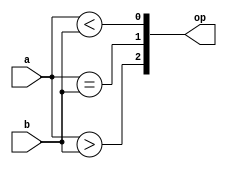
// 4-bit comparator using FUNCTION

module compFunc

	#(parameter busWidth = 4)
	
	(
		input [ (busWidth - 1)	: 0]a, 
		input [ (busWidth - 1)	: 0]b,
		output reg [3:1] op
	);
	
function integer comparator(input [ (busWidth - 1)	: 0]a,
								input [ (busWidth - 1)	: 0]b
								);
reg greaterThan;
	reg equalTo;
	reg lessThan;
	
begin
	greaterThan = (a >  b);	// 100
	equalTo		= (a == b); // 010
	lessThan	= (a <  b); // 001
	
	// Concatenating Output as one hot encoded o/p
	comparator = {greaterThan,	equalTo,	lessThan};
end
endfunction
	
// Combinational circuit
always	@(*)
	begin
		
		op = comparator(a, b);
		
	end
	
endmodule